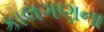
કાલગણના